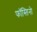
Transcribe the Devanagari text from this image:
फॉस्तिनो